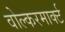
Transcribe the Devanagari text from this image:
वोल्करमार्क्ट